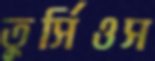
তুর্সিওস